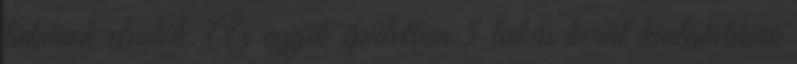
lakások eladók. Az egyik épületben 5 lakás kerül kialakításra